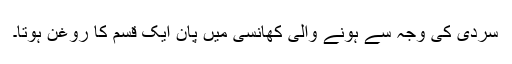
سردی کی وجہ سے ہونے والی کھانسی میں پان ایک قسم کا روغن ہوتا۔